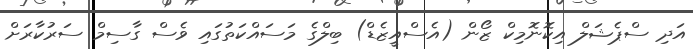
އަދި ސްޕެޝަލް އިކޮނޮމިކް ޒޯން (އެސްއީޒެޑް) ބިލްގެ މަސައްކަތުގައި ވެސް ގާސިމް ސަރުކާރަށް